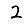
Digit: 2